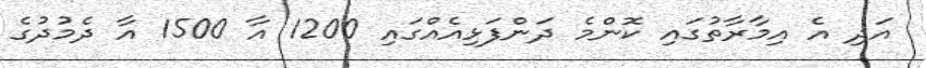
އަދި އެ އިމާރާތުގައި ކޮންމެ ދަންފަޅިއެއްގައި 1200 އާ 1500 އާ ދެމުދުގެ